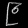
Digit: ၉